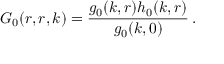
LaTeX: G _ { 0 } ( r , r , k ) = \frac { g _ { 0 } ( k , r ) h _ { 0 } ( k , r ) } { g _ { 0 } ( k , 0 ) } \, .